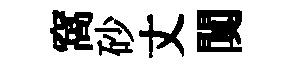
窩砂丈闃